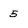
Character: 5